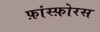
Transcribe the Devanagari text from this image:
फ़ांस्फ़ोरस